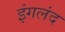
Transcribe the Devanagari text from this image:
इंगलंद